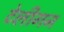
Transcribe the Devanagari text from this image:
टेलीगन